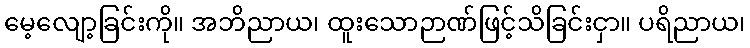
မေ့လျော့ခြင်းကို။ အဘိညာယ၊ ထူးသောဉာဏ်ဖြင့်သိခြင်းငှာ။ ပရိညာယ၊